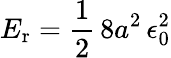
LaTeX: E_{\mathrm{r}}={\frac{1}{2}}\, 8a^{2}\, \epsilon_{0}^{2}